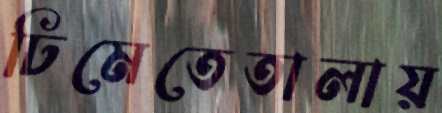
ঢিমেতেতালায়